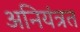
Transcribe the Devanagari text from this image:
अनियंत्रत